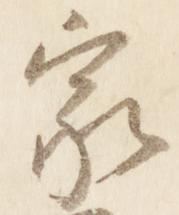
家